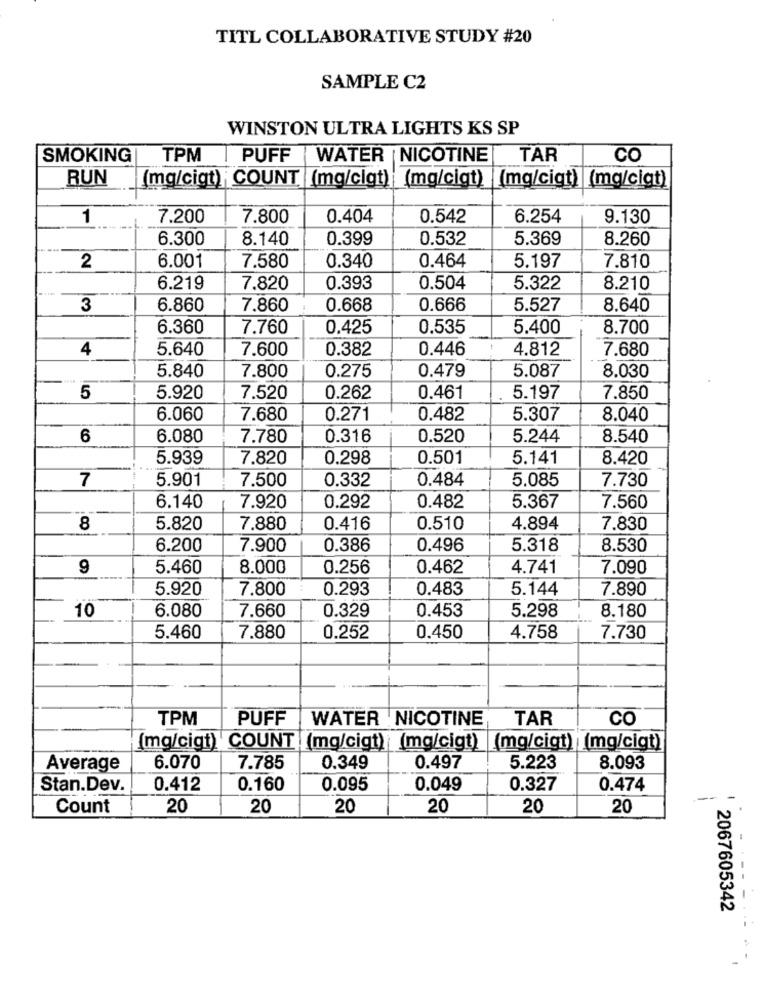
TITL COLLABORATIVE STUDY #20
SAMPLE C2
WINSTON ULTRA LIGHTS KS SP
SMOKING
TPM
PUFF WATER |NICOTINE
TAR
CO
RUN
(mg/cigt) ;COUNT (mg/cigt) (mg/cigt)
(mg/cigt) (mg/cigt)
1
7.200
7.800
0.404
0.542
6.254
9.130
6.300
8.140
0.399
0.532
5.369
8.260
5.197
2
6.001
7.580
0.340
0.464
7.810
6.219
7,820
0.393
0.504
5.322
8.210
3
6.860
7.860
0.668
0.666
5.527
8.640
6.360
7.760
0.425
0.535
5.400
8.700
4
5.640
7.600
0.382
0.446
4.812
7.680
5.840
7.800
0.275
5.087
0.479
8.030
5
5.920
7.520
0.262
0.461
5.197
7.850
6.060
7.680
0.271
0.482
5.307
8.040
6
6.080
7.780
0.316
0.520
5.244
8.540
5.939
7.820
0.298
0.501
5.141
8.420
5.901
7.500
0.332
0.484
5.085
7.730
7
6.140
7.920
0.292
0.482
5.367
7.560
8
5.820
7.880
0.416
0.510
4.894
7.830
6.200
7.900
0.386
0.496
5.318
8.530
9
5.460
8.000
0.256
0.462
4.741
7.090
5.920
7,800
0.293
0.483
5.144
7.890
10
6.080
0.329
0.453
5.298
7.660
8.180
5.460
7.880
0.252
0.450
4.758
7.730
TPM
PUFF
WATER NICOTINE
TAR
CO
(mg/cigt) COUNT (mg/cigt) (mg/cigt) (mg/cigt) (mg/cigt)
Average
6.070
7.785
0.349
0.497
5.223
8.093
Stan.Dev.
0.412
0.160
0.095
0.049
0.327
0.474
Count
20
20
20
20
20
20
.-
' 2067605342